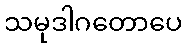
သမုဒါဂတောပေ